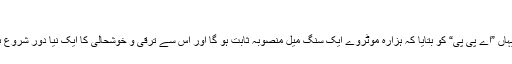
(خبر جاری ہے)
نیشنل ہائی وے اتھارٹی کے حکام نے اتوارکویہاں ”اے پی پی“ کو بتایا کہ ہزارہ موٹروے ایک سنگ میل منصوبہ ثابت ہو گا اور اس سے ترقی و خوشحالی کا ایک نیا دور شروع ہو گا جس سے عوام کا معیار زندگی بلند ہو گا۔